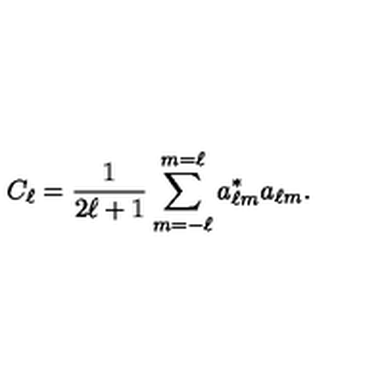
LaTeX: C _ { \ell } = { \frac { 1 } { 2 \ell + 1 } } \sum _ { m = - \ell } ^ { m = \ell } a _ { \ell m } ^ { * } a _ { \ell m } .